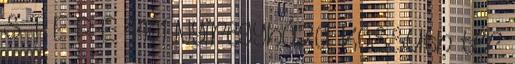
S T E R E 4401 Nyíregyháza, Kossuth tér